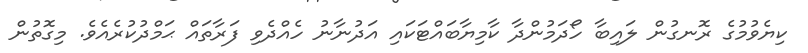
ކިޔެވުމުގެ ރޮނގުން ލައިބާ ހޯދަމުންދާ ކާމިޔާބައްޓަކައި އަދުނާނު ހެއްދެވި ފަރާތައް ޙަމްދުކުރެއެވެ. މިގޮތުން